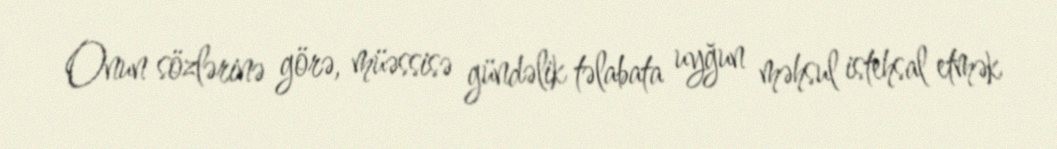
Onun sözlərinə görə, müəssisə gündəlik təlabata uyğun məhsul istehsal etmək